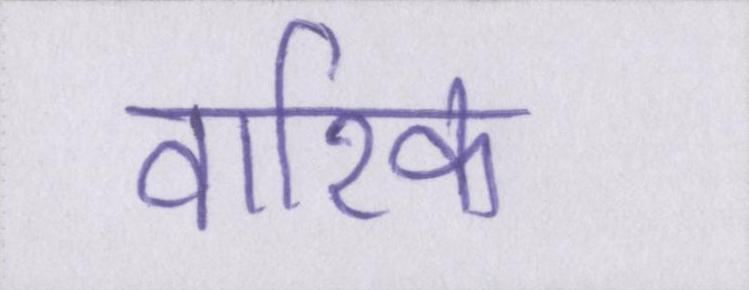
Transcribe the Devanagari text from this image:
वारिक